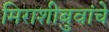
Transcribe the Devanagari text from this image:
मिराशीबुवांचे